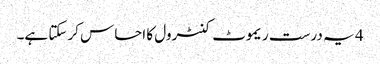
4 یہ درست ریموٹ کنٹرول کا احساس کرسکتا ہے۔